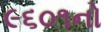
૯૬૦૧નો